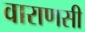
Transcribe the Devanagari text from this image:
वाराणसी